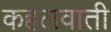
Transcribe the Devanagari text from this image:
कहलवाती